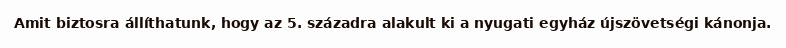
Amit biztosra állíthatunk, hogy az 5. századra alakult ki a nyugati egyház újszövetségi kánonja.